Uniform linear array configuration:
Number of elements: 8
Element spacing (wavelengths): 0.5
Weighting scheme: exponential
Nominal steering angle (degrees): -45
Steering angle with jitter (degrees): -43.995
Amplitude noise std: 0.05
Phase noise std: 0.05

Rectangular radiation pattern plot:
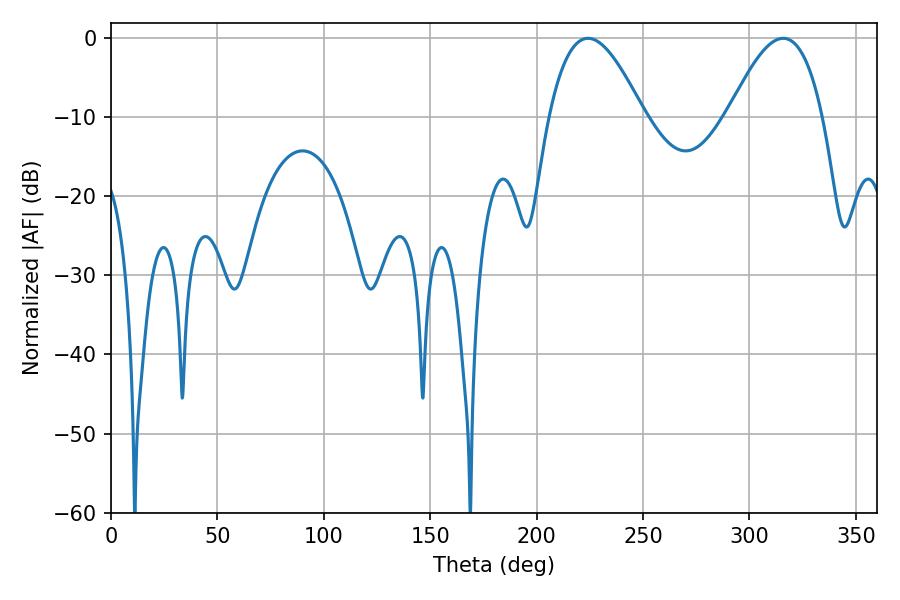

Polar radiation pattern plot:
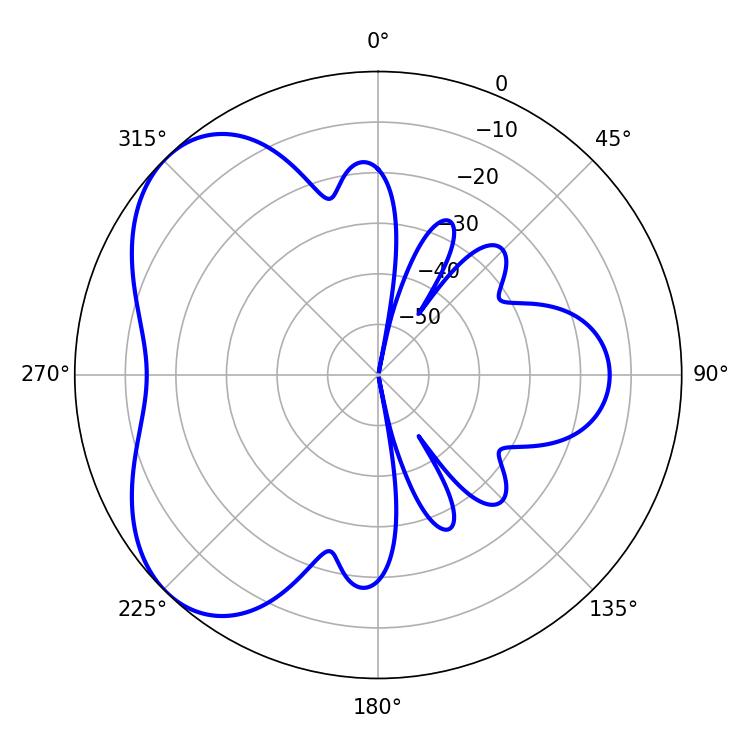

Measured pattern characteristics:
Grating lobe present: FALSE
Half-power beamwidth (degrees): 24.12
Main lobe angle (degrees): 224.1